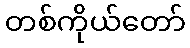
တစ်ကိုယ်တော်